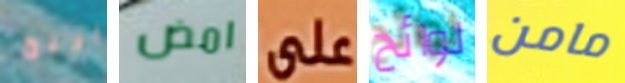
يربح امض على لوائح مامن